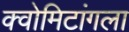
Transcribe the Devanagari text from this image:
क्वोमिटांगला